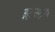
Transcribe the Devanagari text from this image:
झुसी